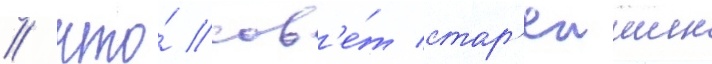
/ что́ сов'е́т стар'еишин